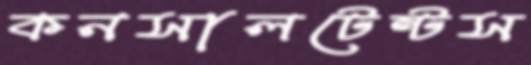
কনসালটেন্টস